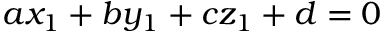
\, a x _ { 1 } + b y _ { 1 } + c z _ { 1 } + d = 0